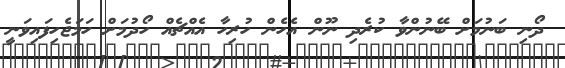
ދޯނި ބަނުމަށް ބޭނުންވާ ކުރެދި ނޫން އެހެން ހުރިހާ އެއްޗެއް ހޯދުމަށް ހަމަޖެހިފައިވަނީ